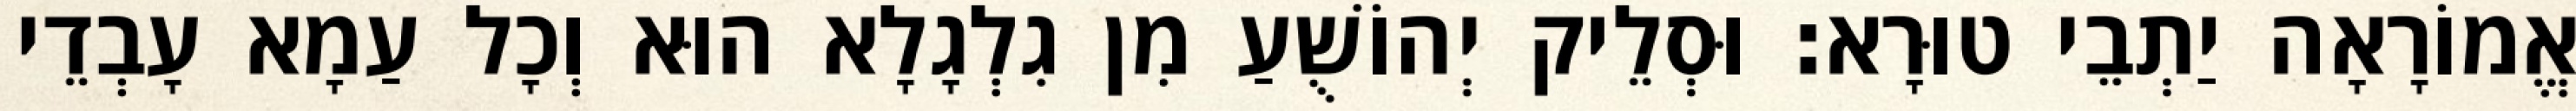
אֱמוֹרָאָה יַתְבֵי טוּרָא׃ וּסְלֵיק יְהוֹשֻׁעַ מִן גִלְגָלָא הוּא וְכָל עַמָא עָבְדֵי